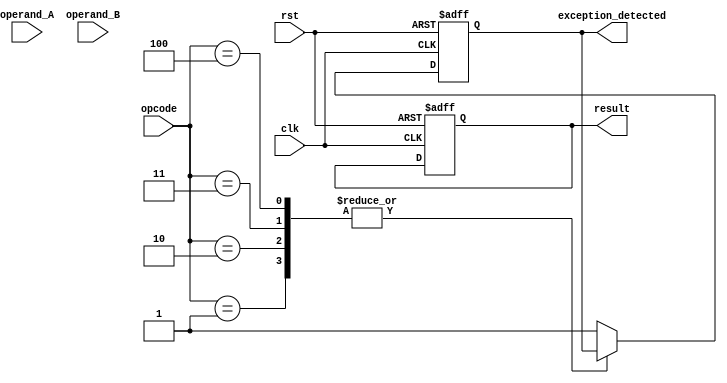
module Floating_Point_ALU (
  input wire clk,
  input wire rst,
  input wire [2:0] opcode,
  input wire [31:0] operand_A,
  input wire [31:0] operand_B,
  output reg [31:0] result,
  output reg exception_detected
);

reg [31:0] operand_A_reg, operand_B_reg;
reg [7:0] exponent_A, exponent_B;
reg [22:0] mantissa_A, mantissa_B;
reg [7:0] exponent_result;
reg [22:0] mantissa_result;
 
always @(posedge clk or posedge rst) begin
  if (rst) begin
    operand_A_reg <= 32'h0;
    operand_B_reg <= 32'h0;
    result <= 32'h0;
    exception_detected <= 1'b0;
  end else begin
    operand_A_reg <= operand_A;
    operand_B_reg <= operand_B;
    
    exponent_A <= operand_A_reg[30:23];
    exponent_B <= operand_B_reg[30:23];
    mantissa_A <= operand_A_reg[22:0];
    mantissa_B <= operand_B_reg[22:0];
    
    case(opcode)
      3'h1: begin // Addition
        // Perform addition operation
      end
      3'h2: begin // Subtraction
        // Perform subtraction operation
      end
      3'h3: begin // Multiplication
        // Perform multiplication operation
      end
      3'h4: begin // Division
        // Perform division operation
      end
      default: begin
        exception_detected <= 1'b1;
      end
    endcase
  end
end

endmodule